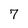
Character: 7